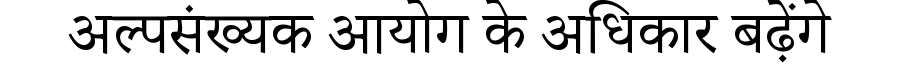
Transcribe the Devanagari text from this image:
अल्पसंख्यक आयोग के अधिकार बढ़ेंगे